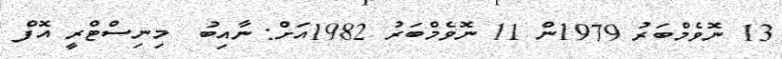
13 ނޮވެމްބަރު 1979ން 11 ނޮވެމްބަރު 1982އަށް: ނާއިބު  މިނިސްޓްރީ އޮފް